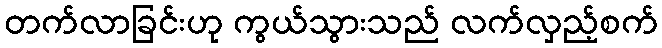
တက်လာခြင်းဟု ကွယ်သွားသည် လက်လှည့်စက်